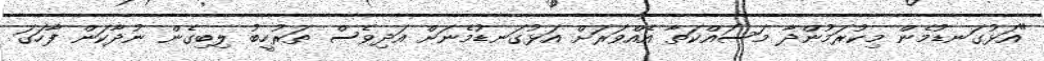
"އަޅުގަނޑުމެން މިކުރަމުންދާ މަސައްކަތާ އެއްވަރަށް އަޅުގަނޑުމެނަށް އަދިވެސް ތަރުހީބު ލިބިގެން ނުދާކަން ފާހަގަ